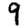
Digit: 9